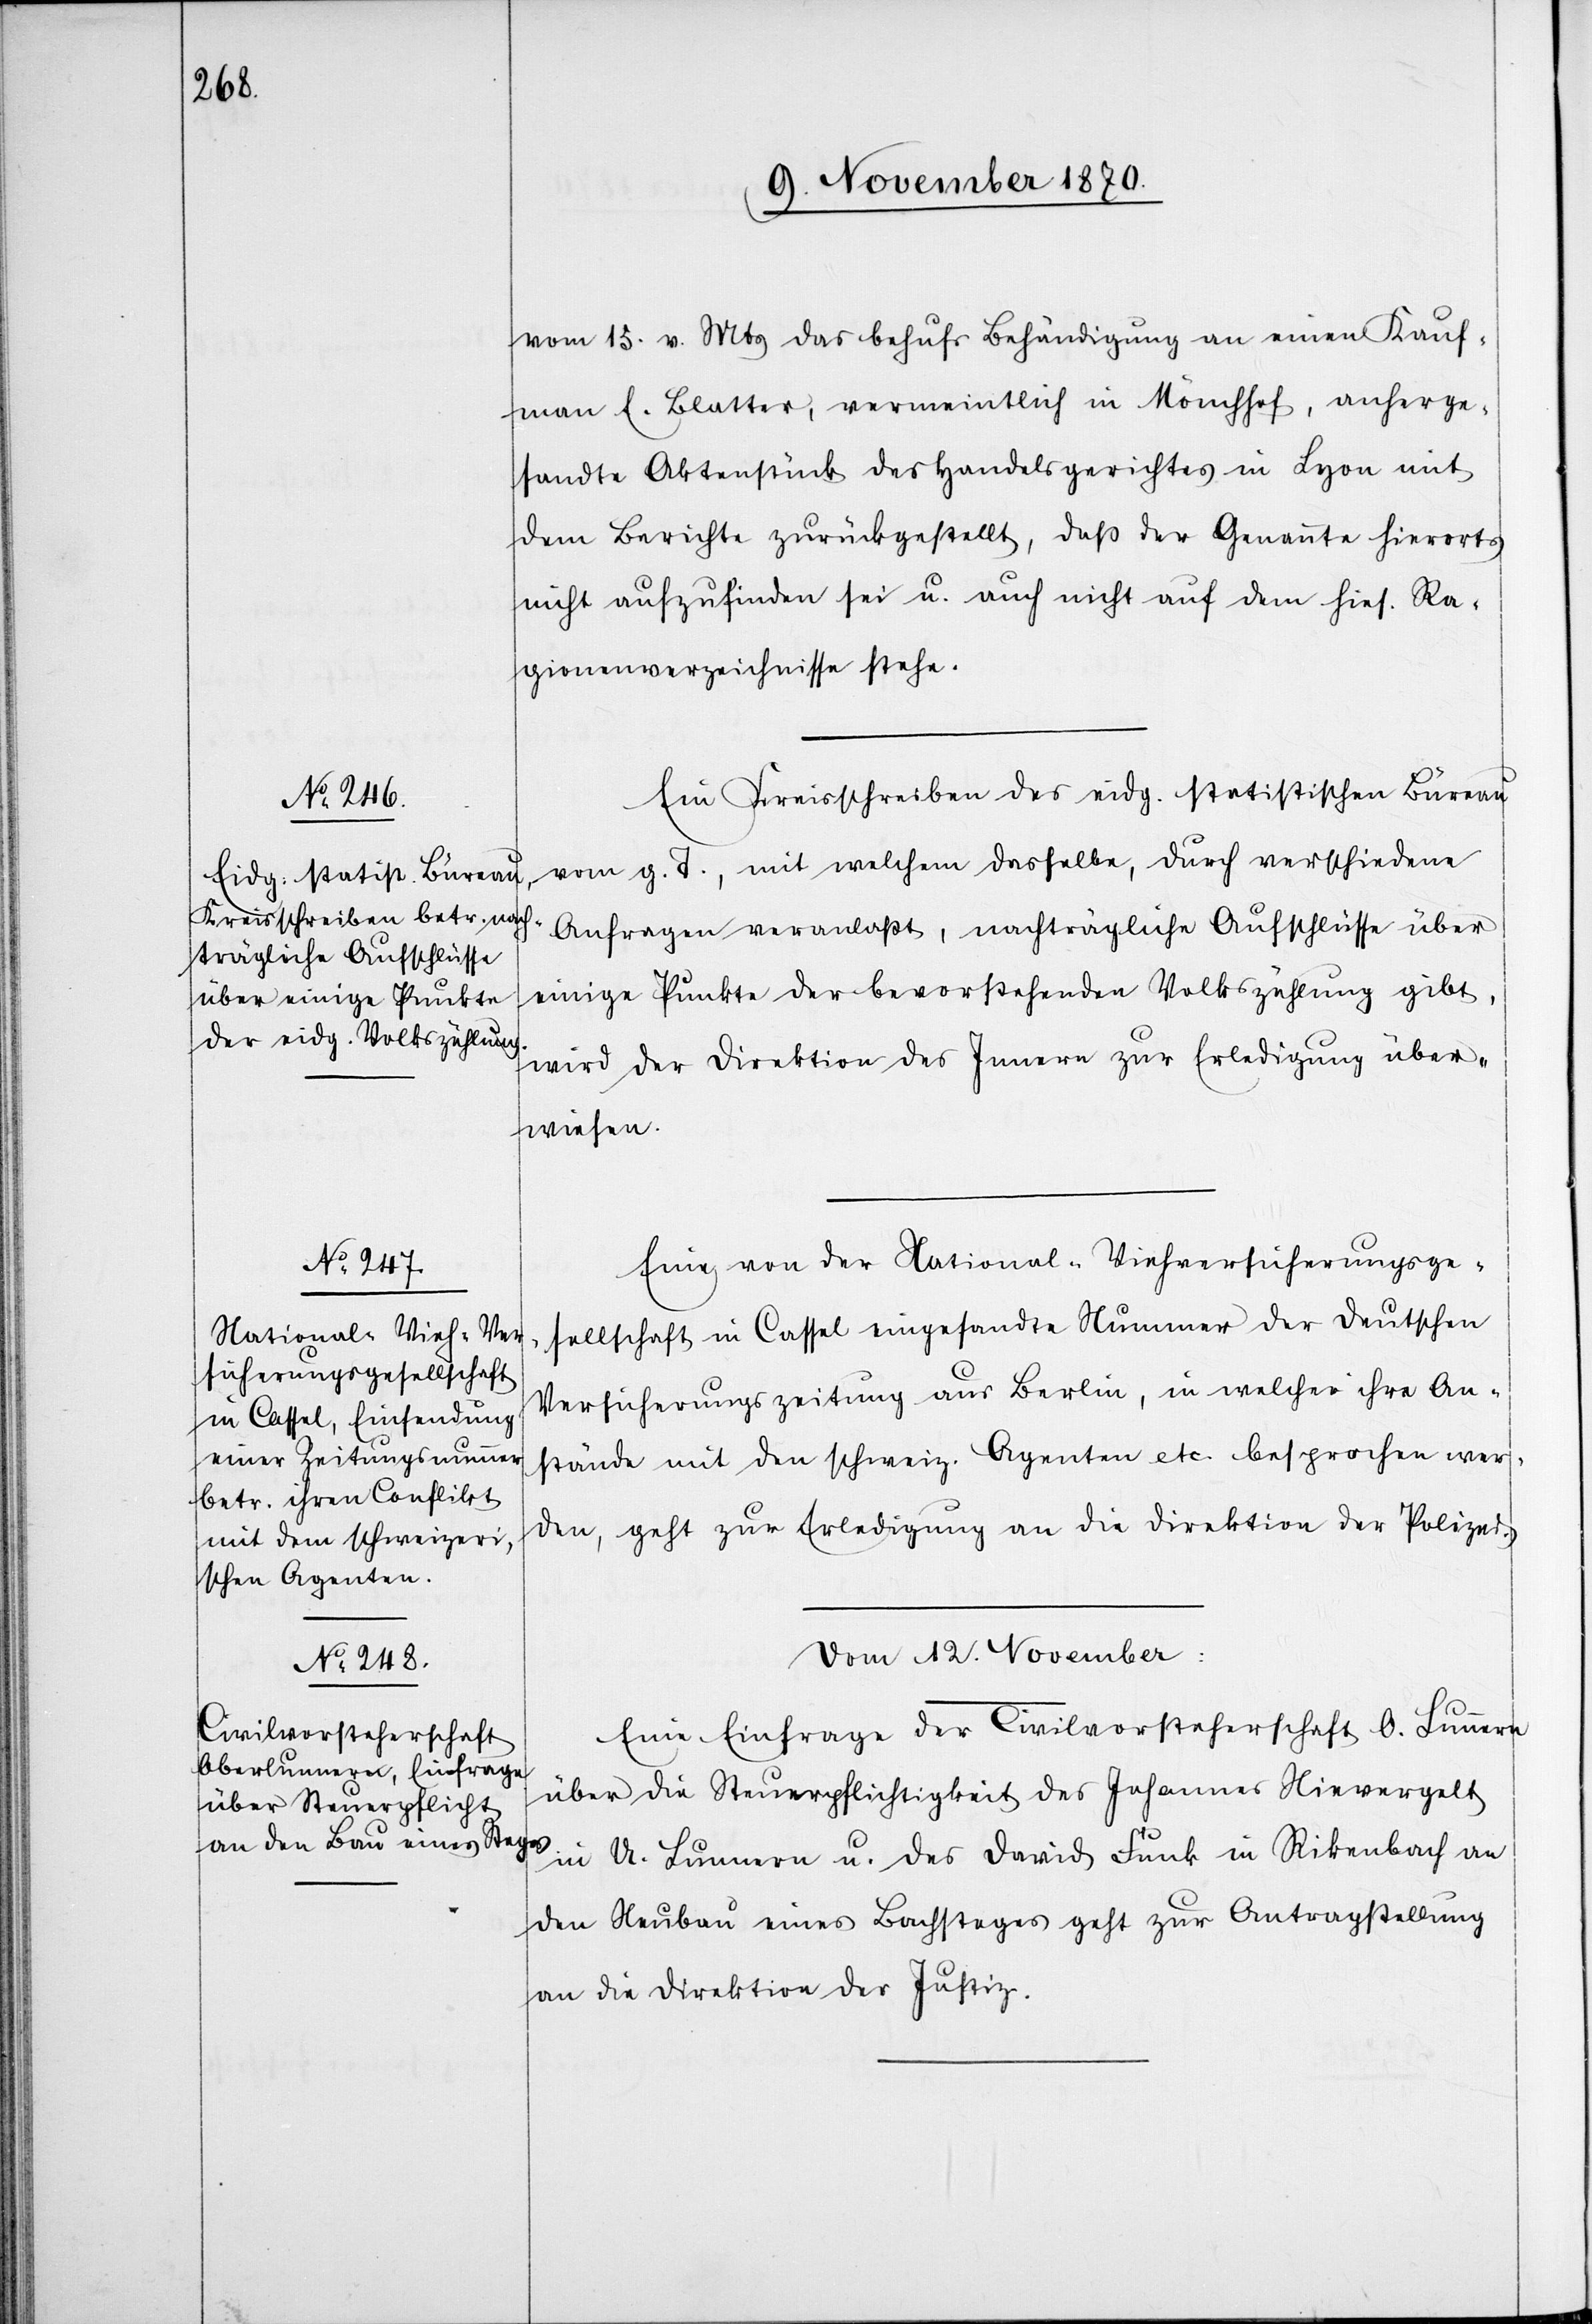
vom 15. v. Mts das behufs Behändigung an einen Kauf¬
man[n] E. Blatter, vermeintlich in Mönchhof, anherge¬
sandte Aktenstück des Handelsgerichtes in Lyon mit
dem Berichte zurückgestellt, daß der Genannte hierorts
nicht aufzufinden sei u. auch nicht auf dem hies. Ra¬
gionenverzeichnisse stehe.
Ein Kreisschreiben des eidg. statistischen Büreau
vom g. T., mit welchem dasselbe, durch verschiedene
Anfragen veranlaßt, nachträgliche Aufschlüsse über
einige Punkte der bevorstehenden Volkszählung gibt,
wird der Direktion des Innern zur Erledigung über¬
wiesen.
Eine von der National-Viehversicherungsge¬
sellschaft in Cassel eingesandte Nummer der deutschen
Versicherungszeitung aus Berlin, in welcher ihre An¬
stände mit den schweiz. Agenten etc. besprochen wer¬
den, geht zur Erledigung an die Direktion der Polizei.
Vom 12. November:
Eine Einfrage der Civilvorsteherschaft O. Lunnern
über die Steuerpflichtigkeit des Johannes Nievergelt
in U. Lunnern u. des David Funk in Rikenbach an
den Neubau eines Bachsteges geht zur Antragstellung
an die Direktion der Justiz.